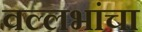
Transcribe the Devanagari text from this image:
वल्लभांचा